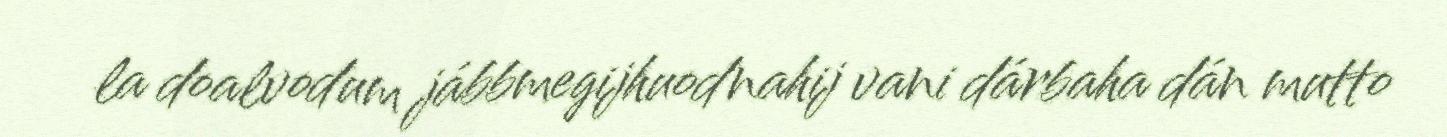
la doalvodum jábbmegijhuodnahij vani dárbaha dán mutto